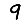
Digit: 9